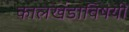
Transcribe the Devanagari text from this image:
कालखंडाविषयी